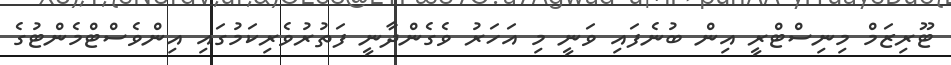
ޓޫރިޒަމް މިނިސްޓްރީ އިން ބުނެފައި ވަނީ މި އަހަރު ވެގެންދާނީ ފަތުރުވެރިކަމުގައި އިންވެސްޓްމެންޓުގެ